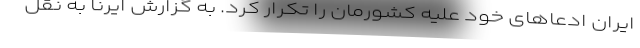
ایران ادعاهای خود علیه کشورمان را تکرار کرد. به گزارش ایرنا به نقل